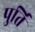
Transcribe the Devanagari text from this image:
पुर्ति